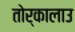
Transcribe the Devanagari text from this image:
तोर्कालाउ